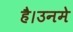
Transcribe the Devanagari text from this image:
है।उनमे